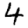
Digit: 4